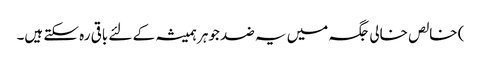
) خالص خالی جگہ میں یہ ضد جوہر ہمیشہ کے لئے باقی رہ سکتے ہیں۔